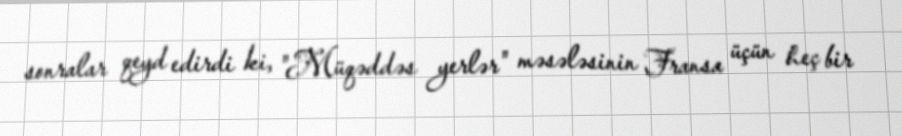
sonralar qeyd edirdi ki, "Müqəddəs yerlər" məsələsinin Fransa üçün heç bir